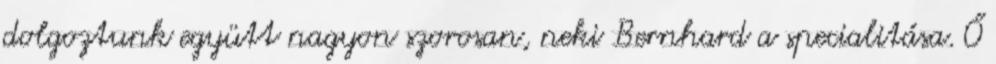
dolgoztunk együtt nagyon szorosan, neki Bernhard a specialitása. Ő